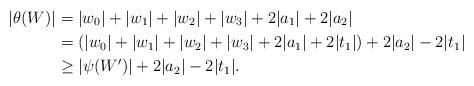
LaTeX: \begin{align*}|\theta(W)| &= |w_0|+ |w_1|+ |w_2|+ |w_3|+ 2|a_1|+2|a_2|\\&= (|w_0|+ |w_1|+ |w_2|+ |w_3|+ 2|a_1|+2|t_1|)+2|a_2|-2|t_1|\\ & \ge |\psi(W')|+2|a_2|-2|t_1|.\end{align*}